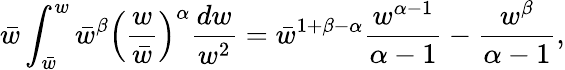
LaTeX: \bar{w}\int_{\bar{w}}^{w}\bar{w}^{\beta}\left({\frac{w}{\bar{w}}}\right)^{\alpha}{\frac{dw}{w^{2}}}=\bar{w}^{1+\beta-\alpha}{\frac{w^{\alpha-1}}{\alpha-1}}-{\frac{w^{\beta}}{\alpha-1}},